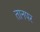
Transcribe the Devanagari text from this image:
तानपर